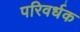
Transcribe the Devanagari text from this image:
परिवर्धक